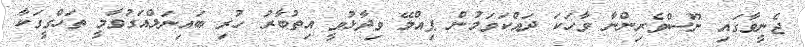
ޖެނީވާގައި ނޫސްވެރިންނާ ވާހަކަ ދައްކަވަމުން ޕިއްލޭ ވިދާޅުވީ އިތުބާރު ހުރި ބައިނަލްއަގުވާމީ ތަހްގީގަކާ